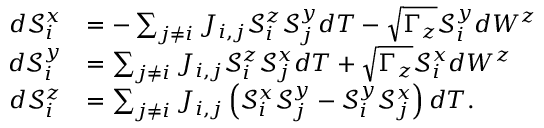
\begin{array} { r l } { d \mathcal { S } _ { i } ^ { x } } & { = - \sum _ { j \neq i } J _ { i , j } \mathcal { S } _ { i } ^ { z } \mathcal { S } _ { j } ^ { y } d T - \sqrt { \Gamma _ { z } } \mathcal { S } _ { i } ^ { y } d W ^ { z } } \\ { d \mathcal { S } _ { i } ^ { y } } & { = \sum _ { j \neq i } J _ { i , j } \mathcal { S } _ { i } ^ { z } \mathcal { S } _ { j } ^ { x } d T + \sqrt { \Gamma _ { z } } \mathcal { S } _ { i } ^ { x } d W ^ { z } } \\ { d \mathcal { S } _ { i } ^ { z } } & { = \sum _ { j \neq i } J _ { i , j } \left( \mathcal { S } _ { i } ^ { x } \mathcal { S } _ { j } ^ { y } - \mathcal { S } _ { i } ^ { y } \mathcal { S } _ { j } ^ { x } \right) d T . } \end{array}